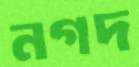
নগদ